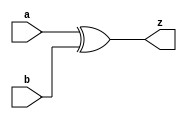
module xor1(a,b,z);
  input a, b;
  output z;

  assign z = a^b;
endmodule